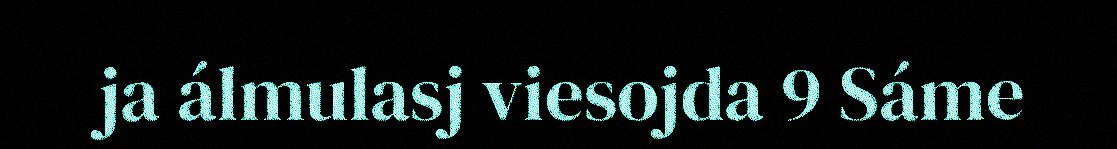
ja álmulasj viesojda 9 Sáme